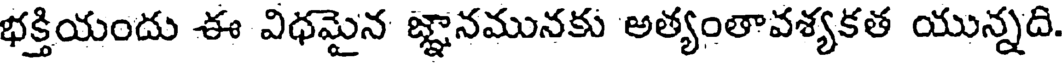
భక్తియందు ఈ విధమైన జ్ఞానమునకు అత్యంతావశ్యకత యున్నది